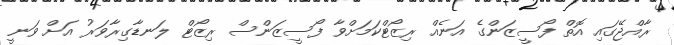
ރާއްޖޭގައި އޮތް ފޯސީޒަންގެ އަނެއް ރިޒޯޓްކަމަށްވާ ފޯސީޒަންސް ރިޒޯޓް ލަނޑާގިރާވަރު އަށް ވަނީ